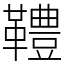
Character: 䪆